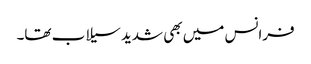
فرانس میں بھی شدید سیلاب تھا۔